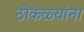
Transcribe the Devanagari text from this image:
ठोकळ्यांना